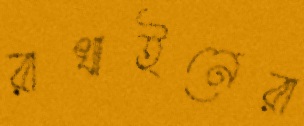
রাখাইনেরা